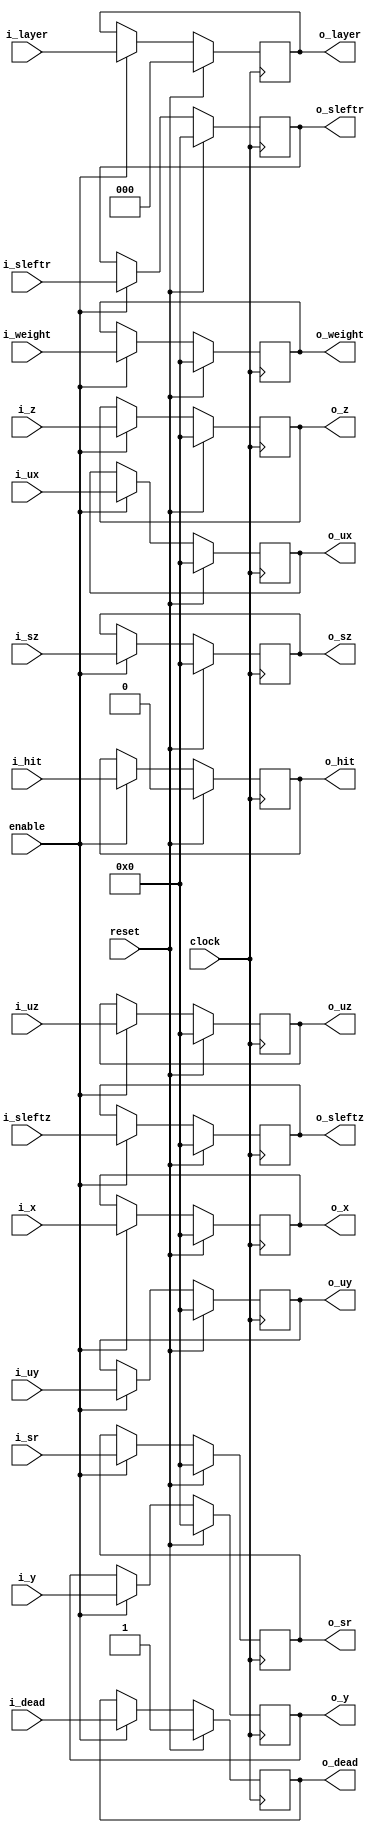
`define TRIG_WIDTH 5'b01010 //10;
`define PIPELINE_DEPTH_UPPER_LIMIT 10'b0100000000 //256;
`define ABSORB_ADDR_WIDTH 6'b010000 //16;
`define ABSORB_WORD_WIDTH 7'b01000000 //64;
`define WSCALE 22'b0111010100101111111111 //1919999;
//`define BIT_WIDTH 7'b0100000
//`define LAYER_WIDTH 6'b000011 
`define LEFTSHIFT 6'b000011         // 2^3=8=1/0.125 where 0.125 = CHANCE of roulette
`define INTCHANCE 32'b00100000000000000000000000000000 //Based on 32 bit rand num generator
`define MIN_WEIGHT 9'b011001000 
`define BIT_WIDTH 7'b0100000
`define LAYER_WIDTH 6'b000011
`define INTMAX 32'b01111111111111111111111111111111
`define INTMIN 32'b10000000000000000000000000000000
`define DIVIDER_LATENCY 6'b011110
`define FINAL_LATENCY 6'b011100
`define MULT_LATENCY 1'b1
`define ASPECT_RATIO 6'b000111
`define TOTAL_LATENCY 7'b0111100
//`define BIT_WIDTH 6'b100000
//`define LAYER_WIDTH 6'b000011
`define LOGSCALEFACTOR 6'b000101
`define MAXLOG 32'b10110001011100100001011111110111		//Based on 32 bit unsigned rand num generator
`define CONST_MOVE_AMOUNT 15'b110000110101000  //Used for testing purposes only
`define MUTMAX_BITS 6'b001111
//`define BIT_WIDTH 6'b100000
//`define LAYER_WIDTH 6'b000011
//`define INTMAX 32'b01111111111111111111111111111111
//`define INTMIN 32'b10000000000000000000000000000000
//`define BIT_WIDTH 7'b0100000
`define MANTISSA_PRECISION 6'b001010
`define LOG2_BIT_WIDTH 6'b000110
`define LOG2 28'b0101100010111001000010111111
`define NR 10'b0100000000             
`define NZ 10'b0100000000              
`define NR_EXP 5'b01000              //meaning `NR=2^`NR_exp or 2^8=256
`define RGRID_SCLAE_EXP 6'b010101    //2^21 = RGRID_SCALE
`define ZGRID_SCLAE_EXP 6'b010101    //2^21 = ZGRID_SCALE
//`define BIT_WIDTH 7'b0100000
`define BIT_WIDTH_2 8'b01000000
`define WORD_WIDTH 8'b01000000
`define ADDR_WIDTH 6'b010000          //256x256=2^8*2^8=2^16
`define DIV 6'b010100//20;
`define SQRT 5'b01010 //10;
`define LAT 7'b0100101 //DIV + SQRT + 7;
`define INTMAX_2 {32'h3FFFFFFF,32'h00000001}
//`define INTMAX 32'b01111111111111111111111111111111//2147483647;
//`define INTMIN 32'b10000000000000000000000000000001//-2147483647;
`define INTMAXMinus3 32'b01111111111111111111111111111100//2147483644;
`define negINTMAXPlus3 32'b10000000000000000000000000000100//-2147483644;
`define INTMAX_2_ref {32'h3FFFFFFF,32'hFFFFFFFF}
`define SIMULATION_MEMORY

module PhotonBlock5(
	//Inputs
	clock,
	reset,
	enable,
	
	i_x,
	i_y,
	i_z,
	i_ux,
	i_uy,
	i_uz,
	i_sz,
	i_sr,
	i_sleftz,
	i_sleftr,
	i_weight,
	i_layer,
	i_dead,
	i_hit,
	//Outputs
	o_x,
	o_y,
	o_z,
	o_ux,
	o_uy,
	o_uz,
	o_sz,
	o_sr,
	o_sleftz,
	o_sleftr,
	o_weight,
	o_layer,
	o_dead,
	o_hit
	);

//parameter BIT_WIDTH=32;
//parameter LAYER_WIDTH=3;

input				clock;
input				reset;
input				enable;

input	[`BIT_WIDTH-1:0]			i_x;
input	[`BIT_WIDTH-1:0]			i_y;
input	[`BIT_WIDTH-1:0]			i_z;
input	[`BIT_WIDTH-1:0]			i_ux;
input	[`BIT_WIDTH-1:0]			i_uy;
input	[`BIT_WIDTH-1:0]			i_uz;
input	[`BIT_WIDTH-1:0]			i_sz;
input	[`BIT_WIDTH-1:0]			i_sr;
input	[`BIT_WIDTH-1:0]			i_sleftz;
input	[`BIT_WIDTH-1:0]			i_sleftr;
input	[`BIT_WIDTH-1:0]			i_weight;
input	[`LAYER_WIDTH-1:0]			i_layer;
input				i_dead;
input				i_hit;


output	[`BIT_WIDTH-1:0]			o_x;
output	[`BIT_WIDTH-1:0]			o_y;
output	[`BIT_WIDTH-1:0]			o_z;
output	[`BIT_WIDTH-1:0]			o_ux;
output	[`BIT_WIDTH-1:0]			o_uy;
output	[`BIT_WIDTH-1:0]			o_uz;
output	[`BIT_WIDTH-1:0]			o_sz;
output	[`BIT_WIDTH-1:0]			o_sr;
output	[`BIT_WIDTH-1:0]			o_sleftz;
output	[`BIT_WIDTH-1:0]			o_sleftr;
output	[`BIT_WIDTH-1:0]			o_weight;
output	[`LAYER_WIDTH-1:0]			o_layer;
output				o_dead;
output				o_hit;


wire				clock;
wire				reset;
wire				enable;

wire	[`BIT_WIDTH-1:0]			i_x;
wire	[`BIT_WIDTH-1:0]			i_y;
wire	[`BIT_WIDTH-1:0]			i_z;
wire	[`BIT_WIDTH-1:0]			i_ux;
wire	[`BIT_WIDTH-1:0]			i_uy;
wire	[`BIT_WIDTH-1:0]			i_uz;
wire	[`BIT_WIDTH-1:0]			i_sz;
wire	[`BIT_WIDTH-1:0]			i_sr;
wire	[`BIT_WIDTH-1:0]			i_sleftz;
wire	[`BIT_WIDTH-1:0]			i_sleftr;
wire	[`BIT_WIDTH-1:0]			i_weight;
wire	[`LAYER_WIDTH-1:0]			i_layer;
wire				i_dead;
wire				i_hit;


reg	[`BIT_WIDTH-1:0]			o_x;
reg	[`BIT_WIDTH-1:0]			o_y;
reg	[`BIT_WIDTH-1:0]			o_z;
reg	[`BIT_WIDTH-1:0]			o_ux;
reg	[`BIT_WIDTH-1:0]			o_uy;
reg	[`BIT_WIDTH-1:0]			o_uz;
reg	[`BIT_WIDTH-1:0]			o_sz;
reg	[`BIT_WIDTH-1:0]			o_sr;
reg	[`BIT_WIDTH-1:0]			o_sleftz;
reg	[`BIT_WIDTH-1:0]			o_sleftr;
reg	[`BIT_WIDTH-1:0]			o_weight;
reg	[`LAYER_WIDTH-1:0]			o_layer;
reg				o_dead;
reg				o_hit;


always @ (posedge clock)
	if(reset) begin
		o_x		<=	{`BIT_WIDTH{1'b0}};
		o_y		<=	{`BIT_WIDTH{1'b0}};
		o_z		<=	{`BIT_WIDTH{1'b0}};
		o_ux		<=	{`BIT_WIDTH{1'b0}};
		o_uy		<=	{`BIT_WIDTH{1'b0}};
		o_uz		<=	{`BIT_WIDTH{1'b0}};
		o_sz		<=	{`BIT_WIDTH{1'b0}};
		o_sr		<=	{`BIT_WIDTH{1'b0}};
		o_sleftz	<=	{`BIT_WIDTH{1'b0}};
		o_sleftr	<=	{`BIT_WIDTH{1'b0}};
		o_weight	<=	{`BIT_WIDTH{1'b0}};
		o_layer		<=	{`LAYER_WIDTH{1'b0}};
		o_dead		<=	1'b1;
		o_hit		<=	1'b0;
	end else if(enable) begin
		o_x		<=	i_x;
		o_y		<=	i_y;
		o_z		<=	i_z;
		o_ux		<=	i_ux;
		o_uy		<=	i_uy;
		o_uz		<=	i_uz;
		o_sz		<=	i_sz;
		o_sr		<=	i_sr;
		o_sleftz	<=	i_sleftz;
		o_sleftr	<=	i_sleftr;
		o_weight	<=	i_weight;
		o_layer		<=	i_layer;
		o_dead		<=	i_dead;
		o_hit		<=	i_hit;
	end
endmodule